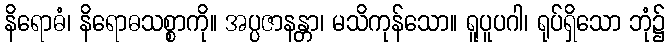
နိရောဓံ၊ နိရောဓသစ္စာကို။ အပ္ပဇာနန္တာ၊ မသိကုန်သော။ ရူပူပဂါ၊ ရုပ်ရှိသော ဘုံ၌